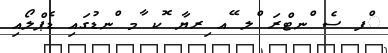
ްފ ސެ ްނޓްރަ ްލ ޭއ ިރޔާ ޮކ ާމ ްނޑުގައި ޑެޕްލޯއި